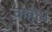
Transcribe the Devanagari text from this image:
कहीम